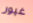
غيور